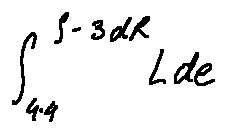
\int \limits _ { 4 . 4 } ^ { \int - 3 d R } L d e